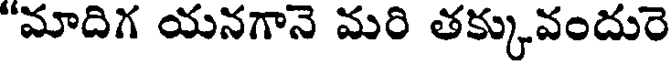
"మాదిగ యనగానె మరి తక్కువందురె